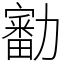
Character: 㔤